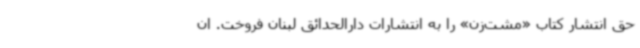
حق انتشار کتاب «مشت‌زن» را به انتشارات دارالحدائق لبنان فروخت. ان